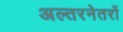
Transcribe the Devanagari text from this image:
अल्तरनेतरों